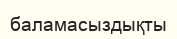
баламасыздықты